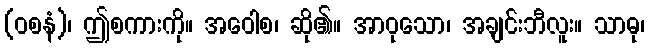
(ဝစနံ)၊ ဤစကားကို။ အဝေါစ၊ ဆို၏။ အာဝုသော၊ အချင်းဘီလူး။ သာဓု၊